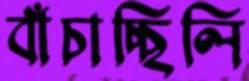
বাঁচাচ্ছিলি